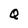
Character: Q